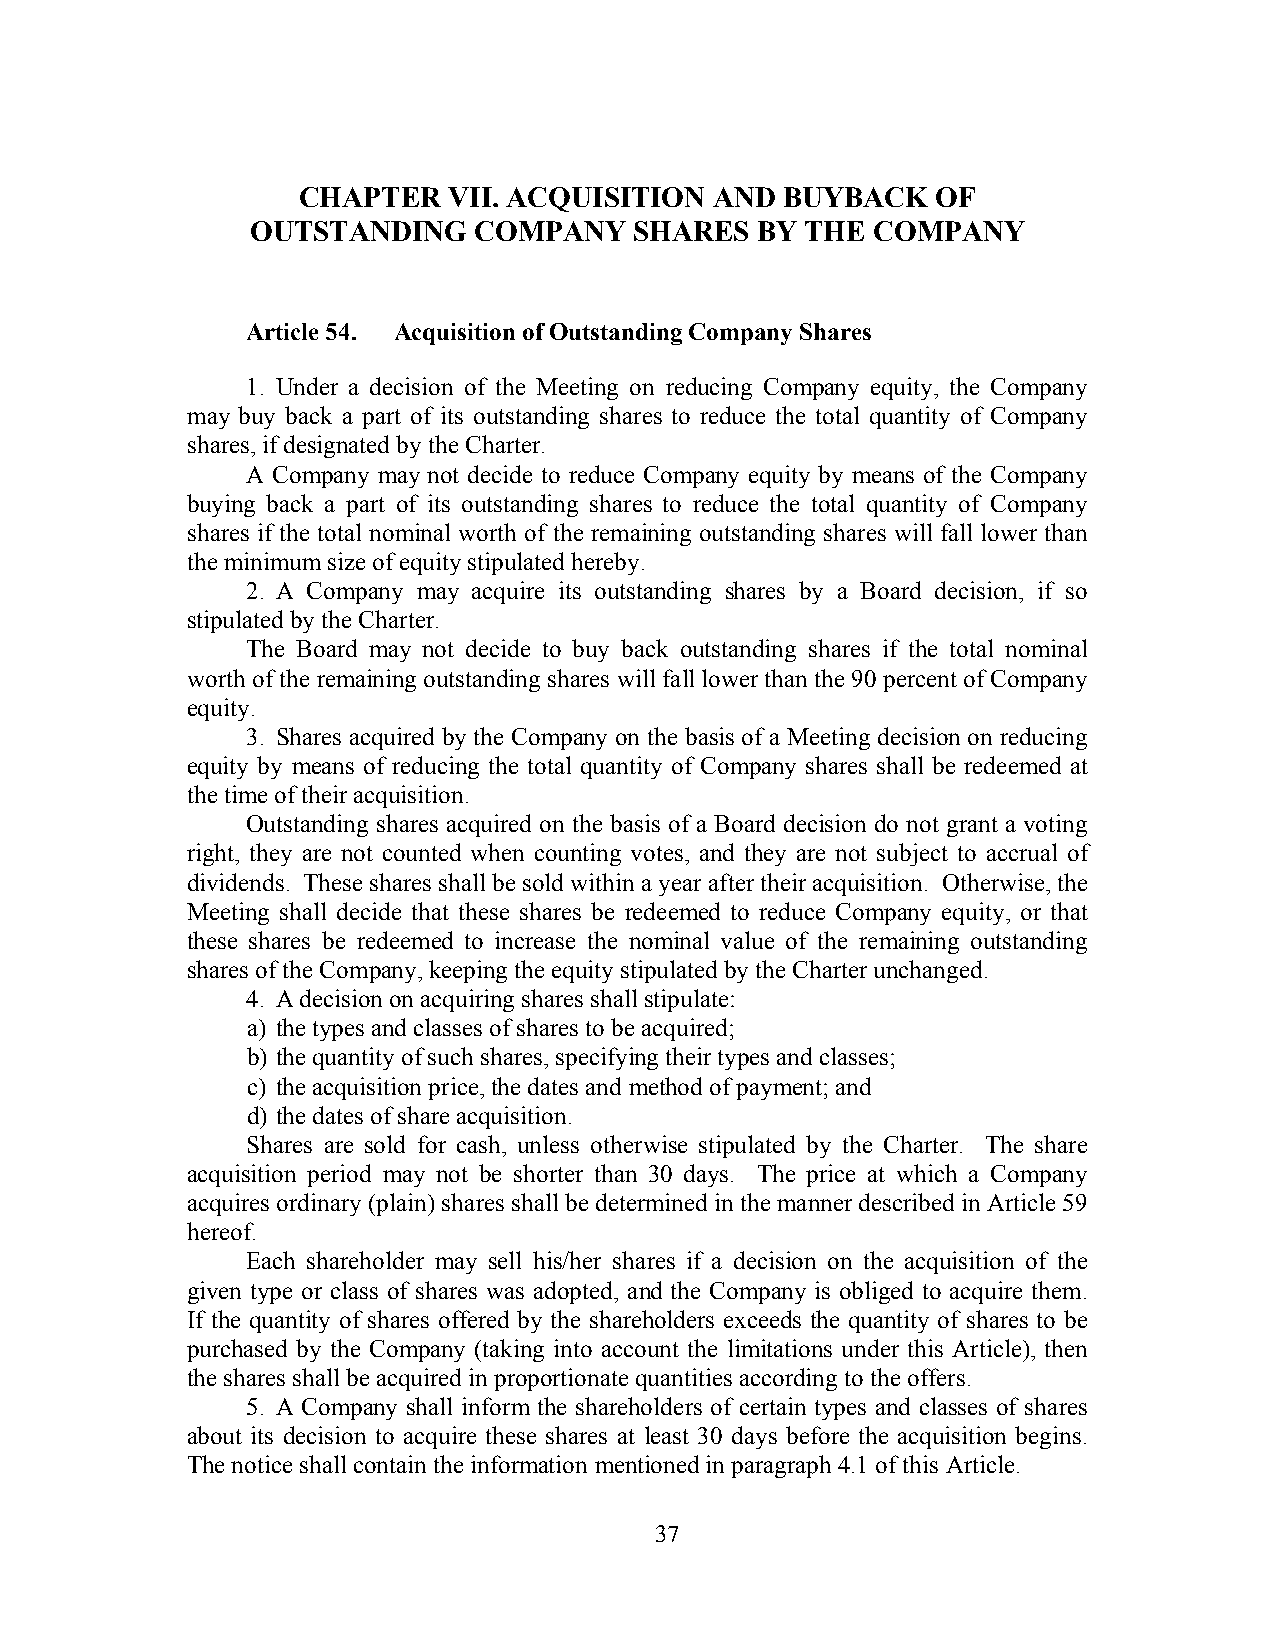
CHAPTER   VII. ACQUISITION AND  BUYBACK   OF
 OUTSTANDING   COMPANY    SHARES  BY THE  COMPANY
 Article 54. Acquisition of Outstanding Company Shares
 1. Under a decision of the Meeting on reducing Company equity, the Company
 may buy back a part of its outstanding shares to reduce the total quantity of Company
 shares, if designated by the Charter.
 A Company may not decide to reduce Company equity by means of the Company
 buying back a part of its outstanding shares to reduce the total quantity of Company
 shares if the total nominal worth of the remaining outstanding shares will fall lower than
 the minimum size of equity stipulated hereby.
 2. A Company may acquire its outstanding shares by a Board decision, if so
 stipulated by the Charter.
 The Board may not decide to buy back outstanding shares if the total nominal
 worth of the remaining outstanding shares will fall lower than the 90 percent of Company
 equity.
 3. Shares acquired by the Company on the basis of a Meeting decision on reducing
 equity by means of reducing the total quantity of Company shares shall be redeemed at
 the time of their acquisition.
 Outstanding shares acquired on the basis of a Board decision do not grant a voting
 right, they are not counted when counting votes, and they are not subject to accrual of
 dividends. These shares shall be sold within a year after their acquisition. Otherwise, the
 Meeting shall decide that these shares be redeemed to reduce Company equity, or that
 these shares be redeemed to increase the nominal value of the remaining outstanding
 shares of the Company, keeping the equity stipulated by the Charter unchanged.
 4. A decision on acquiring shares shall stipulate:
 a) the types and classes of shares to be acquired;
 b) the quantity of such shares, specifying their types and classes;
 c) the acquisition price, the dates and method of payment; and
 d) the dates of share acquisition.
 Shares are sold for cash, unless otherwise stipulated by the Charter. The share
 acquisition period may not be shorter than 30 days. The price at which a Company
 acquires ordinary (plain) shares shall be determined in the manner described in Article 59
 hereof.
 Each shareholder may sell his/her shares if a decision on the acquisition of the
 given type or class of shares was adopted, and the Company is obliged to acquire them.
 If the quantity of shares offered by the shareholders exceeds the quantity of shares to be
 purchased by the Company (taking into account the limitations under this Article), then
 the shares shall be acquired in proportionate quantities according to the offers.
 5. A Company shall inform the shareholders of certain types and classes of shares
 about its decision to acquire these shares at least 30 days before the acquisition begins.
 The notice shall contain the information mentioned in paragraph 4.1 of this Article.
 37